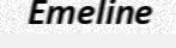
Emeline